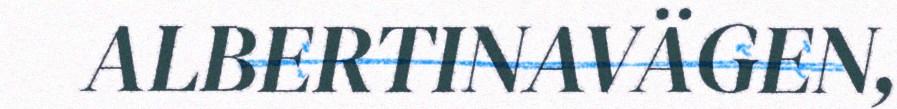
ALBERTINAVÄGEN,